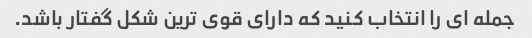
جمله ای را انتخاب کنید که دارای قوی ترین شکل گفتار باشد.